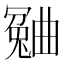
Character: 𣍍